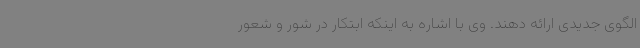
الگوی جدیدی ارائه دهند. وی با اشاره به اینکه ابتکار در شور و شعور